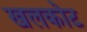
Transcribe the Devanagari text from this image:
खलकोट